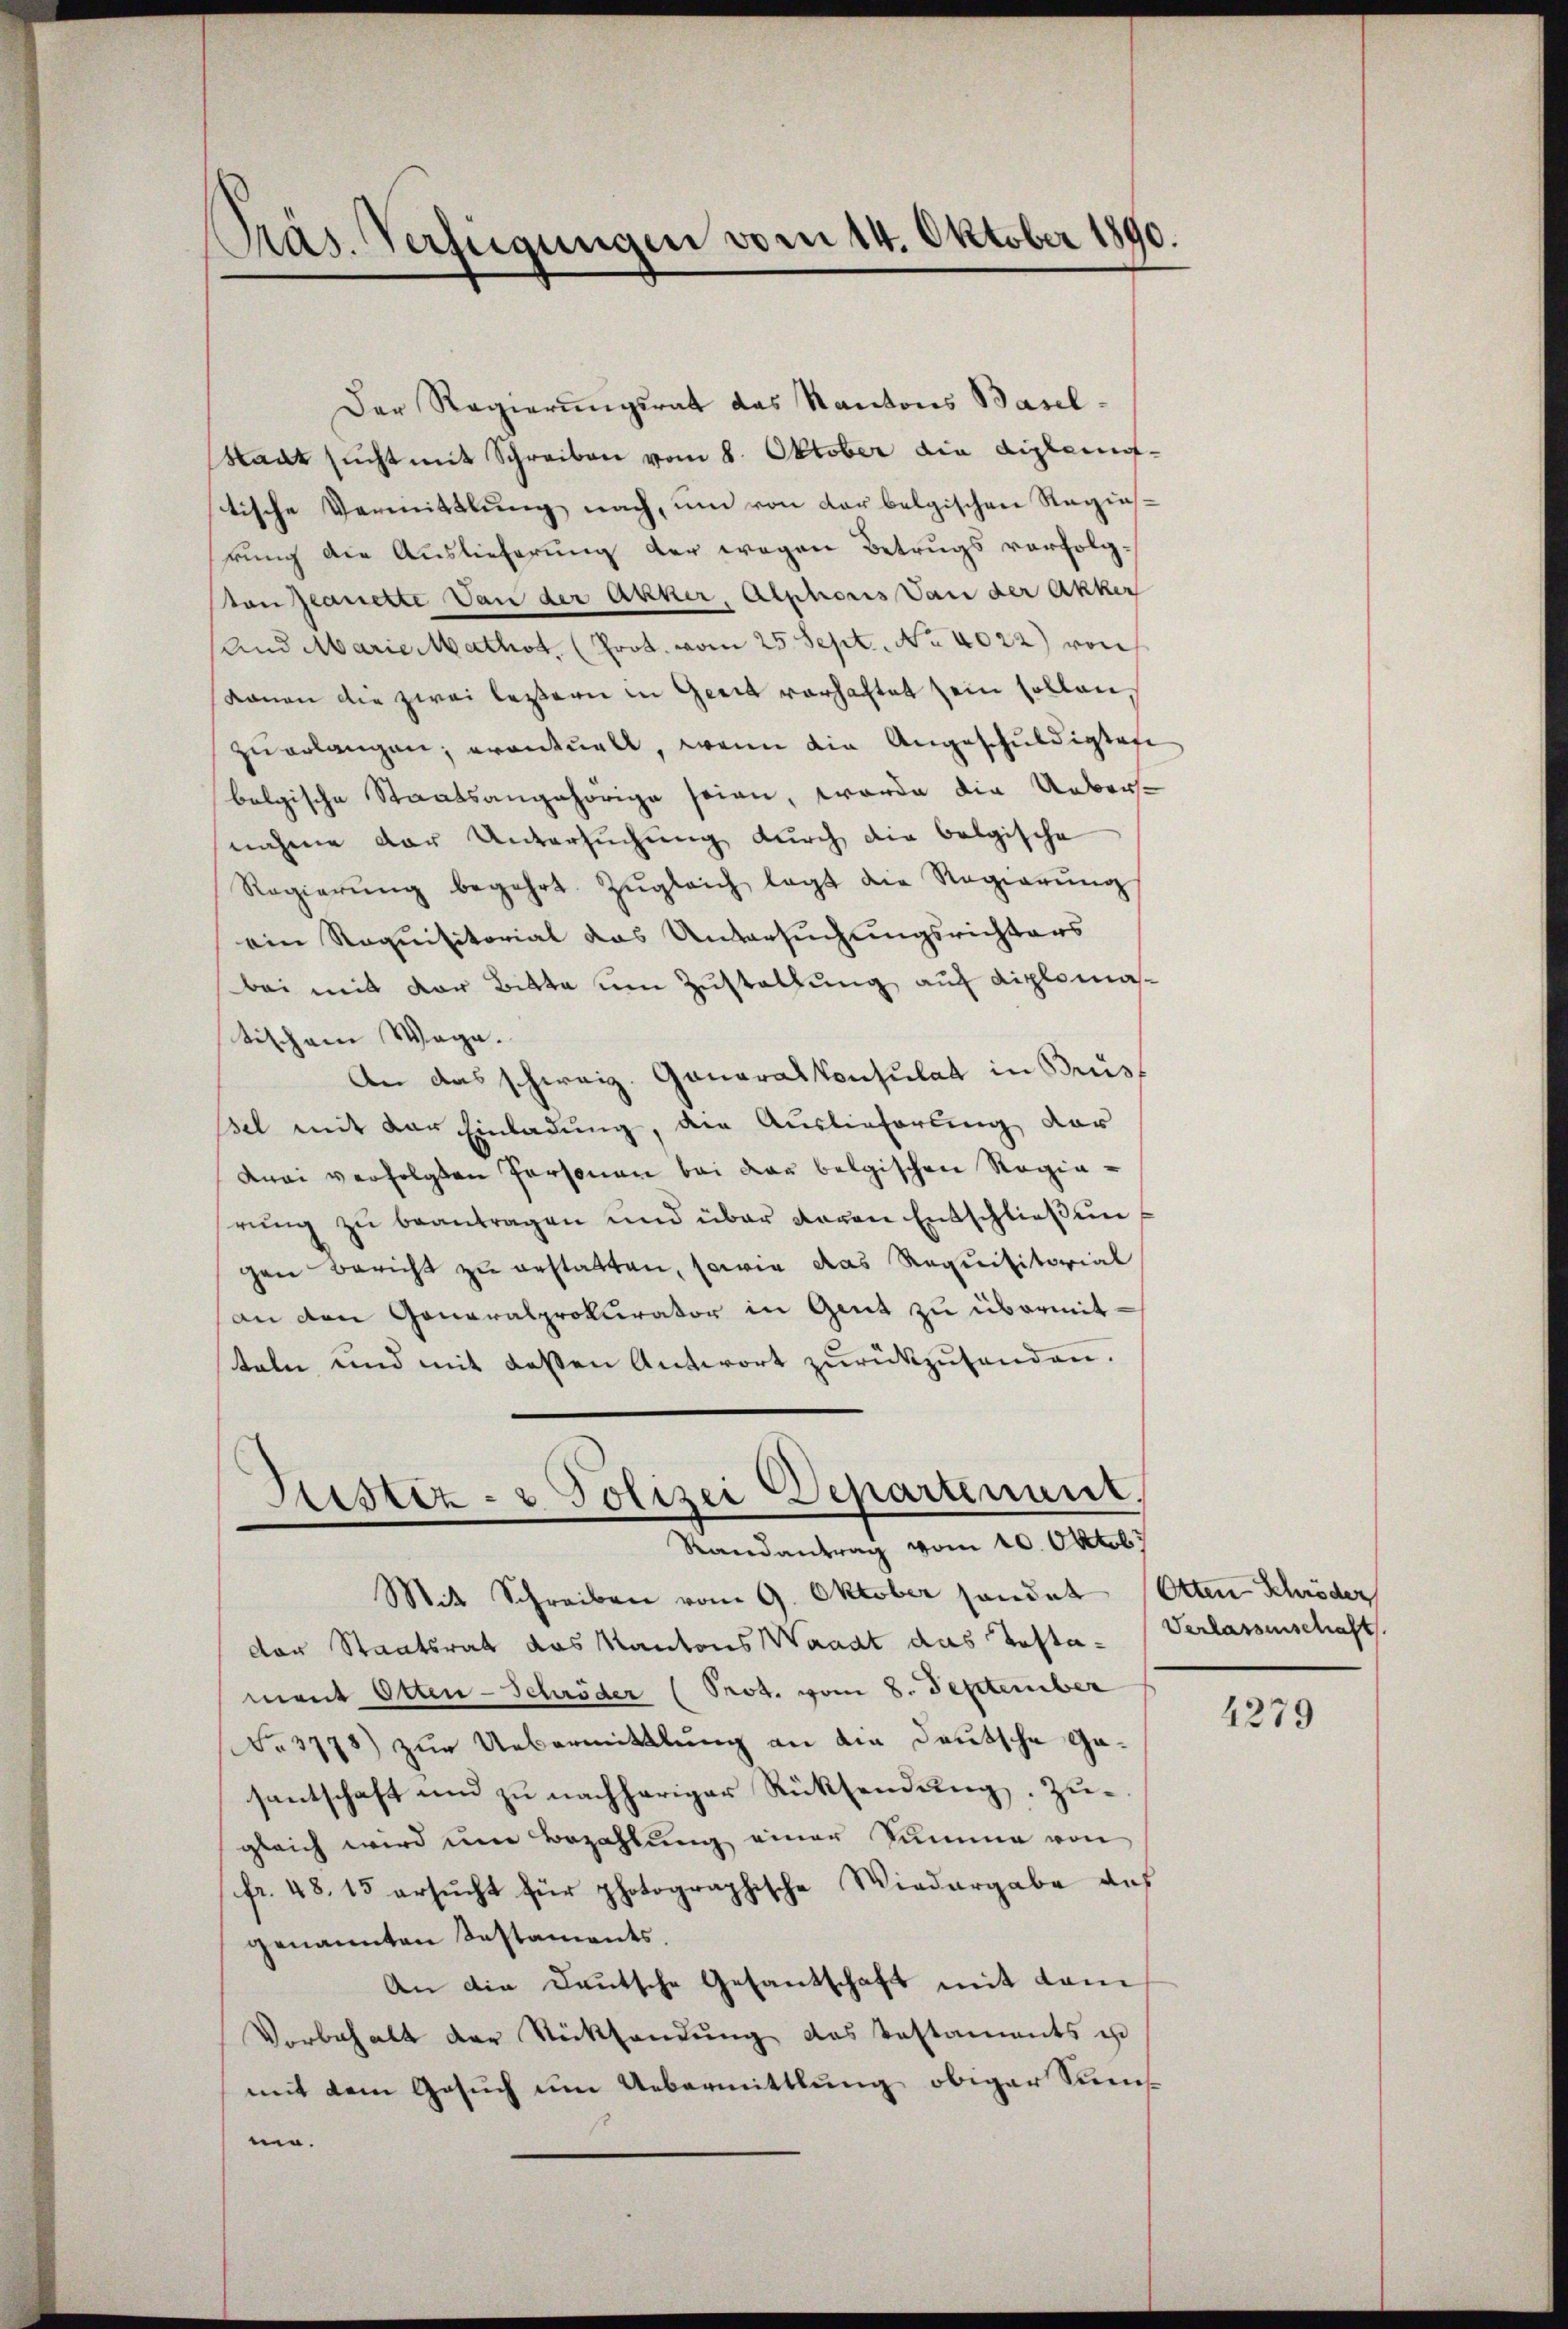
Präs. Verfügungen vom 14. Oktober 1890

Der Regierungsrat das Kantons Basel¬
Stadt sucht mit Schreiben vom 8. Oktober die Lippenoftische Vermittlung nach, um von der belgischen Ragias-
rung die Auslieferung der wegen Betrugs verfolgston Jeanette Von der Akker, Alphoris an der Akker
Und Marie Mathot. (Prot. vom 25. Sept., No. 4022) von
konen die zwei leztern in Greit vorhaftet sein sollen,
zu erlangen, eventuell, wenn die Angeschuldigtete
belgische Staatsangehörige seien, worde die Uebersnahme der Untersuchung durch die belgische
Regierŭng begehrt. Zŭgleich legt die Regierŭng
ein Requisitorial das Untersuchungsrichters
bei mit der Bitte um Zustaltung auf diplomastischem Wage.
An das schweiz. Generalkonsulat in Brüss
psel mit der Einladung, den Auslieferung dar
drei verfolgten Personen bei der belgischen Regierung zu beantragen und über davon Entschließungen Bericht zu erstatten, sowie das Requisitorial
an den Generalprokurator in Gent zu übermitteln und mit dessen Antwort zurückzusenden.
Sistiz- & Polizei Departenant,
Randantrag vom 10. Oktobr
Mit Schreiben vom 9. Oktober sondet (Otten Schröder
der Staatsrat das Kantons Waadt das Testament Otten-Schröder (Prot. vom 8. September
No 3778) zur Uebermittlung an die Deutsche Gasantschaft und zu nachheriger Rücksendung. Zugleich wird im Bezahlung einer Summe von
fr. 48. 15 ersucht für photographische Wiedergabe des
genannten Testaments.
An die Deutsche Gesandschaft mit dam
Vorbehalt der Rücksendung das Testaments es
mit dem Gesuch um Uebermittlung obiger Sumnin.

Verlassenschaft

4279